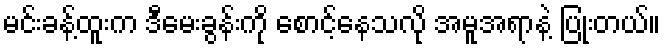
မင်းခန့်ထူးက ဒီမေးခွန်းကို စောင့်နေသလို အမူအရာနဲ့ ပြုံးတယ်။